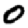
Digit: 0